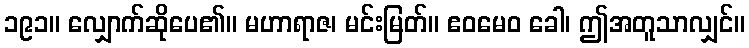
၁၉၁။ လျှောက်ဆိုပေ၏။ မဟာရာဇ၊ မင်းမြတ်။ ဧဝမေဝ ခေါ၊ ဤအတူသာလျှင်။